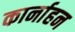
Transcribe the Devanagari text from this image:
कार्नाहन